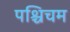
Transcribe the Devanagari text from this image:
पश्चिचम